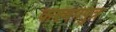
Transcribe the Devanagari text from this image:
कश्यपपुत्र